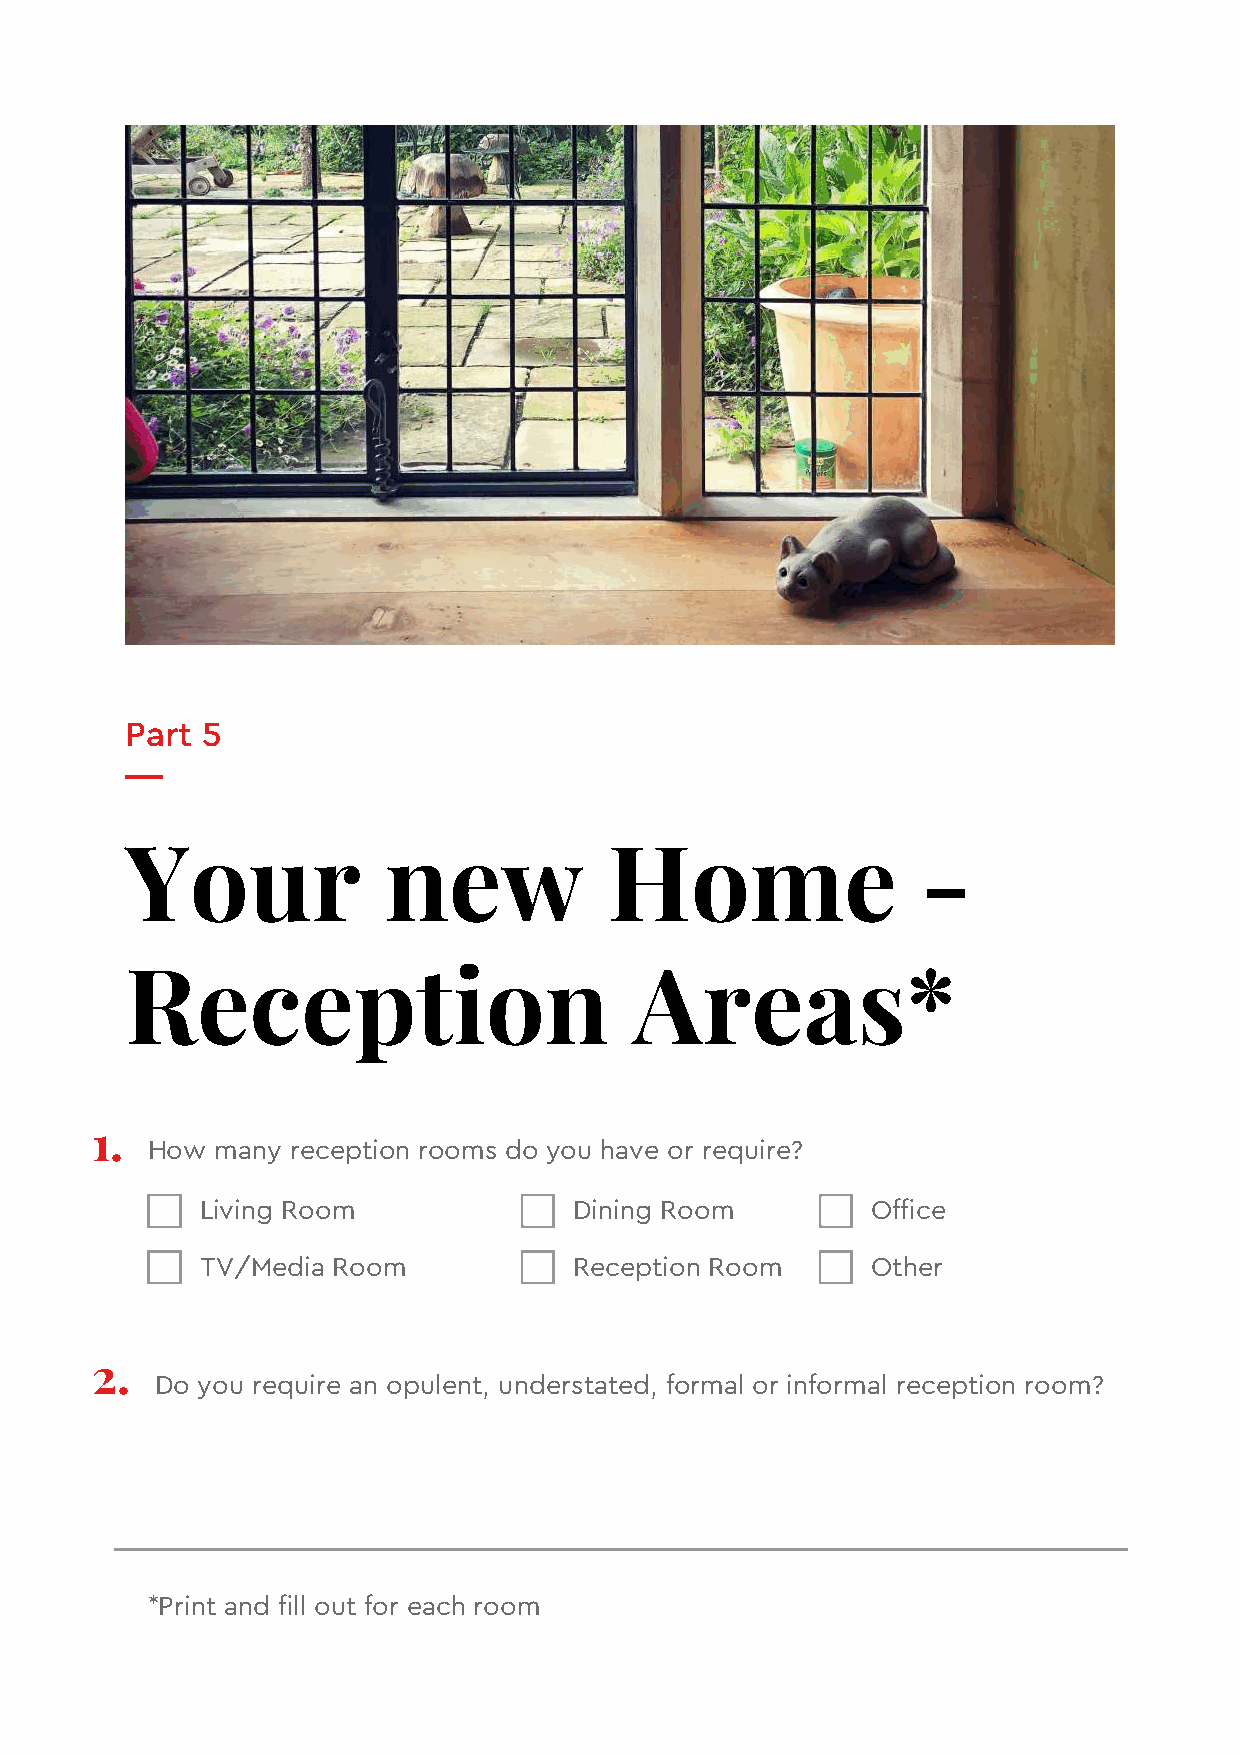
Part 5
 Your             new            Home                 -
 Reception                         Areas*
 1.
 How many reception rooms do you have or require?
 Living Room              Dining Room         Office
 TV/Media Room            Reception Room      Other
 2.
 Do you require an opulent, understated, formal or informal reception room?
 *Print and fill out for each room